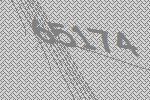
65174